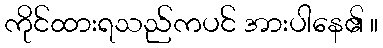
ကိုင်ထားရသည်ကပင် အားပါနေ၏ ။